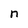
Character: n